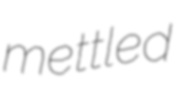
mettled